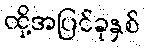
ထို့အပြင်ခုနှစ်